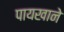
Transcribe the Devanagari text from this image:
पायखाने